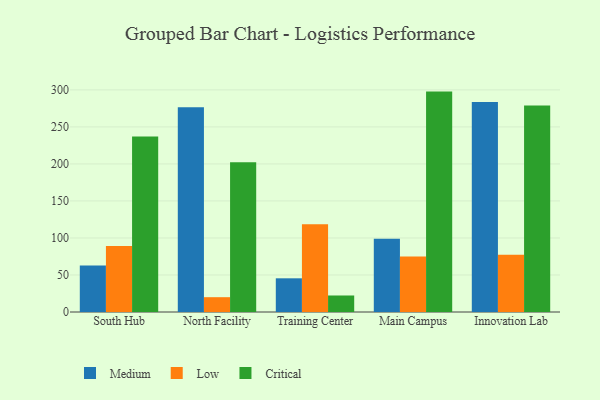
{"axis": {"x": "Campus", "y": "Population (Million)"}, "legend": ["Critical", "Low", "Medium"], "data": [{"x": "South Hub", "y": 62.9, "type": "Medium"}, {"x": "South Hub", "y": 89.2, "type": "Low"}, {"x": "South Hub", "y": 236.9, "type": "Critical"}, {"x": "North Facility", "y": 276.4, "type": "Medium"}, {"x": "North Facility", "y": 20.0, "type": "Low"}, {"x": "North Facility", "y": 202.4, "type": "Critical"}, {"x": "Training Center", "y": 45.5, "type": "Medium"}, {"x": "Training Center", "y": 118.5, "type": "Low"}, {"x": "Training Center", "y": 22.3, "type": "Critical"}, {"x": "Main Campus", "y": 99.1, "type": "Medium"}, {"x": "Main Campus", "y": 74.8, "type": "Low"}, {"x": "Main Campus", "y": 297.7, "type": "Critical"}, {"x": "Innovation Lab", "y": 283.8, "type": "Medium"}, {"x": "Innovation Lab", "y": 77.4, "type": "Low"}, {"x": "Innovation Lab", "y": 278.8, "type": "Critical"}]}